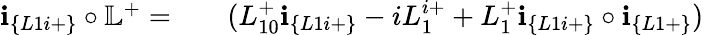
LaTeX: \begin{array}{rlr}{\textbf{i}_{\{ L1i+\} }\circ\mathbb{L}^{+}=}&{{}}&{(L_{10}^{+}\textbf{i}_{\{ L1i+\} }-iL_{1}^{i+}+L_{1}^{+}\textbf{i}_{\{ L1i+\} }\circ\textbf{i}_{\{ L1+\} })}\end{array}